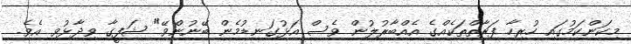
މިކަންކަމުގައި ހުރިހާ ފަރާތްތަކެއްގެ އެއްބާރުލުން ވެސް އަޅުގަނޑުމެން ބޭނުންވޭ" ޝަފީގާ ވިދާޅުވި އެވެ.